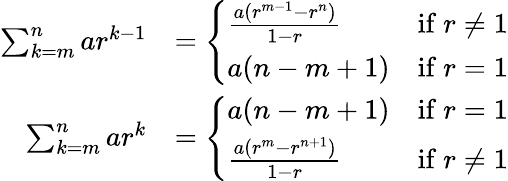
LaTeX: {\begin{array}{rl}{\sum_{k=m}^{n}ar^{k-1}}&{={\left\{ \begin{array}{ll}{{\frac{a(r^{m-1}-r^{n})}{1-r}}}&{{\mathrm{if~}}r\neq 1}\\ {a(n-m+1)}&{{\mathrm{if~}}r=1}\end{array}\right.}}\\ {\sum_{k=m}^{n}ar^{k}}&{={\left\{ \begin{array}{ll}{a(n-m+1)}&{{\mathrm{if~}}r=1}\\ {{\frac{a(r^{m}-r^{n+1})}{1-r}}}&{{\mathrm{if~}}r\neq 1}\end{array}\right.}}\end{array}}